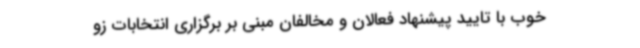
خوب با تایید پیشنهاد فعالان و مخالفان مبنی بر برگزاری انتخابات زو